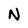
Character: N